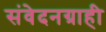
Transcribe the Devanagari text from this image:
संवेदनग्राही